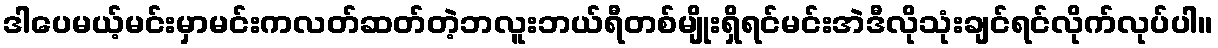
ဒါပေမယ့်မင်းမှာမင်းကလတ်ဆတ်တဲ့ဘလူးဘယ်ရီတစ်မျိုးရှိရင်မင်းအဲဒီလိုသုံးချင်ရင်လိုက်လုပ်ပါ။